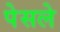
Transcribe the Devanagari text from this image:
पेसले